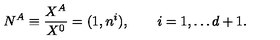
N ^ { A } \equiv { \frac { X ^ { A } } { X ^ { 0 } } } = ( 1 , n ^ { i } ) , \qquad i = 1 , \dots d + 1 .